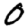
Digit: 0